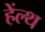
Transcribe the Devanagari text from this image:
हेंल्थ